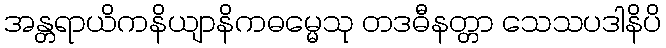
အန္တရာယိကနိယျာနိကဓမ္မေသု တဒဓီနတ္တာ သေသပဒါနိပိ